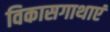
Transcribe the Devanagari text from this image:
विकासगाथाएं